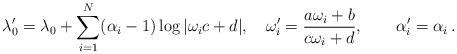
LaTeX: \begin{align*}\lambda_{0}' = \lambda_{0} + \sum_{i=1}^{N} (\alpha_{i} -1 ) \log|\omega_{i} c + d|, \quad\displaystyle \omega_{i}' = \frac{a\omega_{i} + b}{c\omega_{i} + d },\qquad \alpha_{i}' = \alpha_{i} \, .\end{align*}